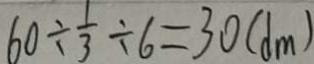
6 0 \div \frac { 1 } { 3 } \div 6 = 3 0 ( d m )